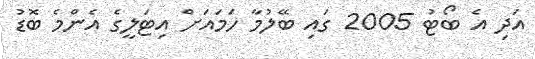
އަދި އެ ބޯޓު 2005 ގައި ބޭލުމާ ހަމައަށް އިޓަލީގެ އެންމެ ބޮޑު